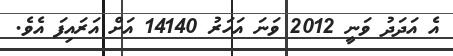
އެ އަދަދު ވަނީ 2012 ވަނަ އަހަރު 14140 އަށް އަރައިފަ އެވެ.